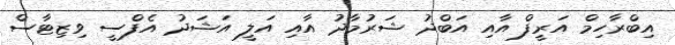
އިބްރާހިމް އަރީފް އާއި އަބްދު ޝަރުމާދު އާއި އަލީ އަޝަދު އެފްސީ ވިޒިޓާސް